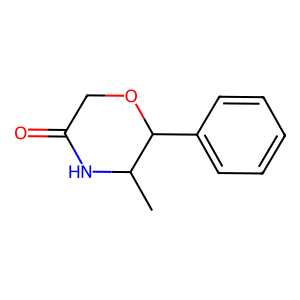
SMILES: CC1NC(=O)COC1c1ccccc1
Inhibits HIV replication: No